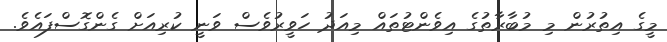
މީގެ އިތުރުން މި މުބާރާތުގެ އިވެންޓުތައް މިއަދު ހަވީރުވެސް ވަނީ ކުރިއަށް ގެންގޮސްފައެވެ.